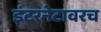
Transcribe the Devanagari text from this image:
इंटरनेटावरच